Civil Veterinary Department Bihar & Orissa reports 1929-36 - 1929-1936
Year: 1929
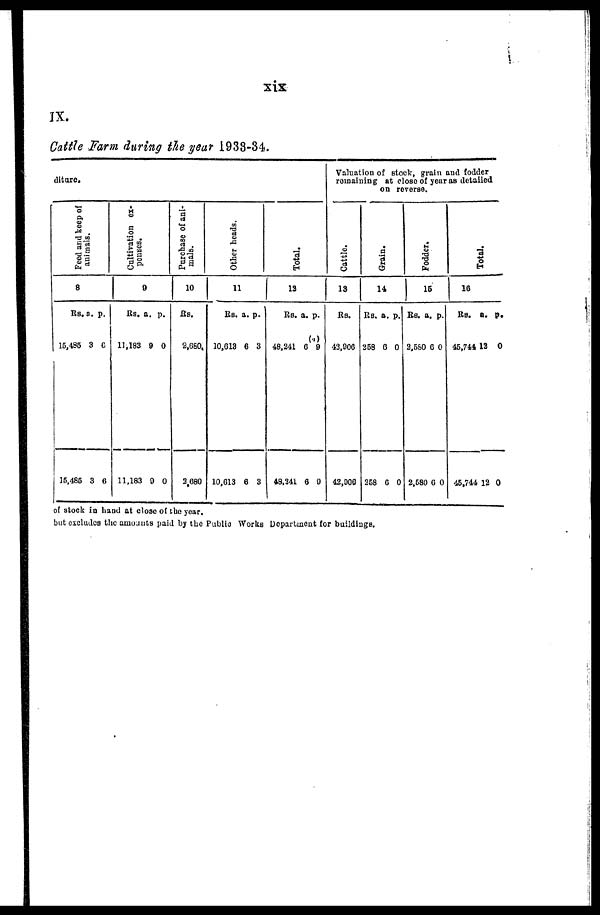
IX.
Cattle Farm during the year 1933-34.
diture.
Peed and keep of
animals.
8
Rs. a. p.
16,486 3 6
15,485 3 6
Cultivation ex-
penses.
9
Rs. a. p.
11,183 9 0
11,183 9 0
Purchase of ani-
mals.
10
Rs.
2,680
3,680
Other heads.
11
RS. a. p.
10,013 6 3
10,613 6 3
Total.
13
RS. a. p.
48,241 6 9
48,341 6 9
Valuation of stock, grain and fodder
remaining at close of year as detailed
on reverse.
Cattle.
13
Rs.
43,906
42,000
Grain.
14
Rs. a. p.
258 6 0
258 6 0
Fodder.
15
Rs. a. p.
2,580 6 0
2,580 6 0
Total.
16
Rs. a. p.
45,744 12 0
45,744 12 0
of stock in hand at close of the year.
but excludes the amounts paid by the Public Works Department for buildings.